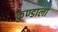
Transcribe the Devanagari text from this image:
कुण्डाला